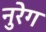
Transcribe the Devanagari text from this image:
नुरेग